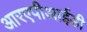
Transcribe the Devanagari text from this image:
आरएपीआईडी